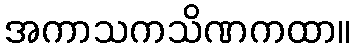
အကာသကသိဏကထာ။